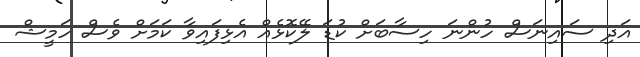
އަދި ސައިނަސް ހުންނަ ހިސާބަށް ކުޑަ ލޭކޮޅެއް އެޅިފައިވާ ކަމަށް ވެސް ހަމީޝް